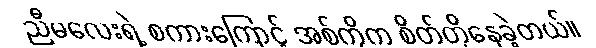
ညီမလေးရဲ့ စကားကြောင့် အစ်ကိုက စိတ်တိုနေခဲ့တယ်။